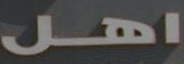
اهل